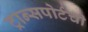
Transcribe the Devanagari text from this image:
ट्रान्सपोर्टची